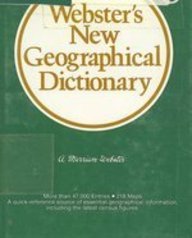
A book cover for Webster's New Geographical Dictionary; Merriam-Webster; Travel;